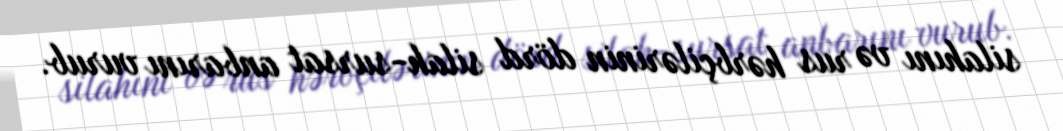
silahını və rus hərbçilərinin dörd silah-sursat anbarını vurub.